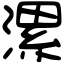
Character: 漯